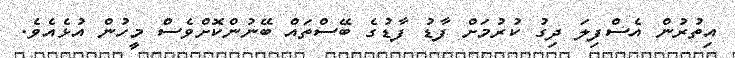
އިތުރުން އެސްފިލަ ދިގު ކުރުމަށް ފާޑު ފާޑުގެ ބޭސްތައް ބޭނުންކޮށްވެސް މީހުން އުޅެއެވެ.